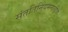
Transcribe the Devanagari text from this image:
संततिनियमनाचीच